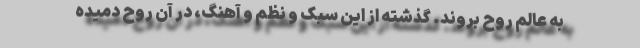
به عالم روح بروند. گذشته از این سبک و نظم و آهنگ، در آن روح دمیده